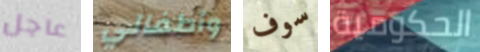
عاجل وأطفالي سوف الحكومية